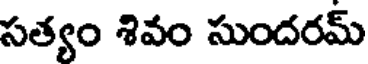
సత్యం శివం సుందరమ్